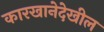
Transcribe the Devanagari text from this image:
कारखानेदेखील